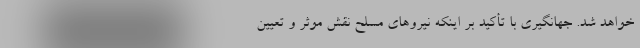
خواهد شد. جهانگیری با تأکید بر اینکه نیروهای مسلح نقش موثر و تعیین